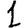
Digit: 1